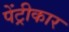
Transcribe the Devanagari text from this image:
पेंट्रीकार